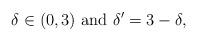
LaTeX: \begin{align*}\delta\in(0,3) \mbox{ and } \delta' = 3-\delta,\end{align*}